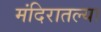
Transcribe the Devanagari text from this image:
मंदिरातल्या